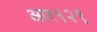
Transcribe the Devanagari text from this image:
आर१२९